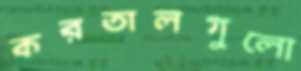
করতালগুলো